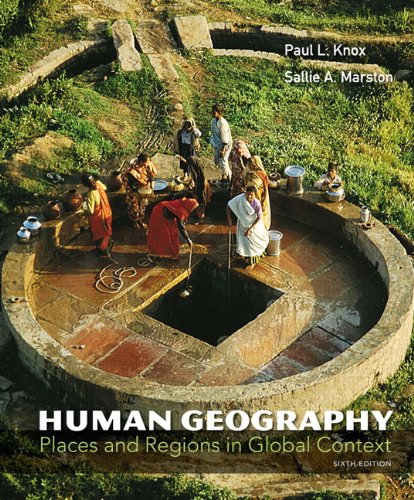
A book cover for Human Geography: Places and Regions in Global Context (6th Edition); Paul L. Knox; Science & Math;